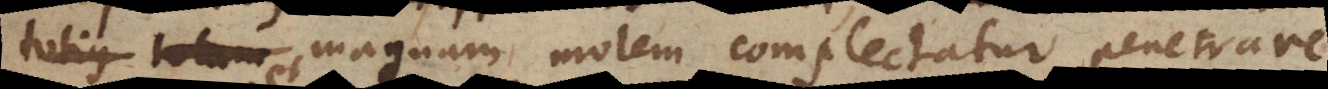
magnam molem complectatur penetrare